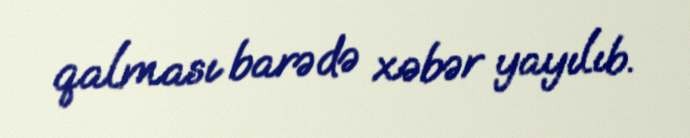
qalması barədə xəbər yayılıb.